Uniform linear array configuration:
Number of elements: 32
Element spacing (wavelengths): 1
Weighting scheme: binomial
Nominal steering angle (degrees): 15
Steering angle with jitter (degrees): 14.317
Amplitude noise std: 0.05
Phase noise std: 0.05

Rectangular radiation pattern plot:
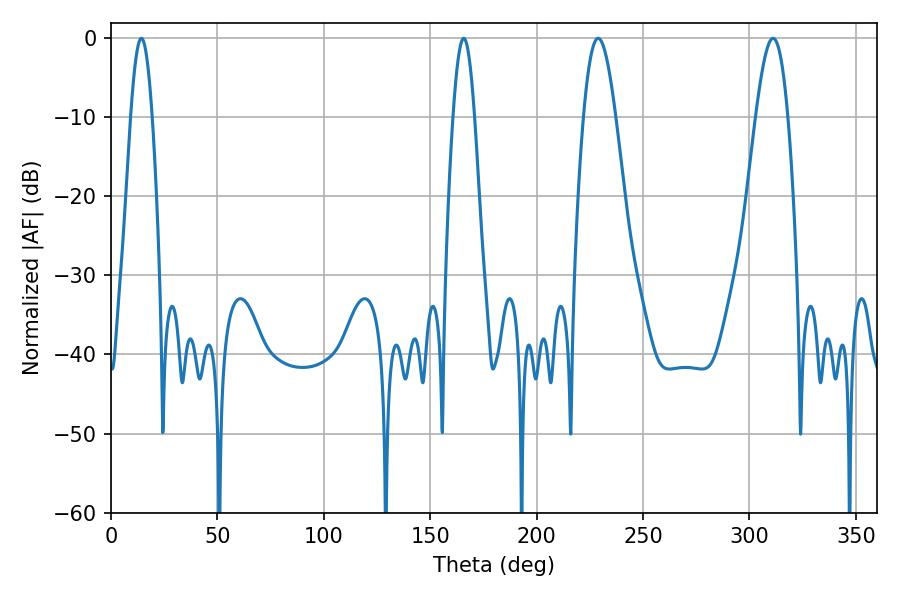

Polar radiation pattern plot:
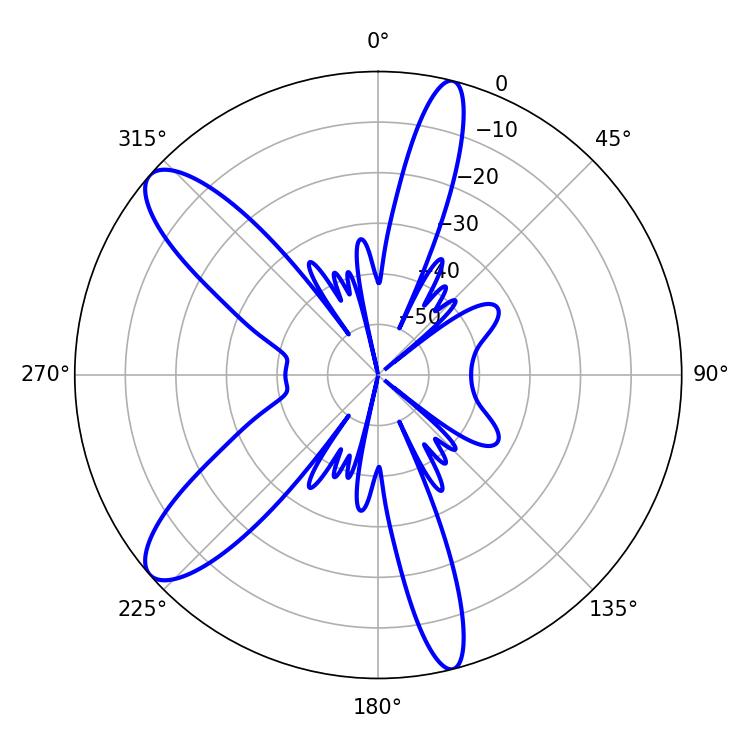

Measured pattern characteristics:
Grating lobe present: TRUE
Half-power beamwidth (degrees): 8.1
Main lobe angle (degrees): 228.96